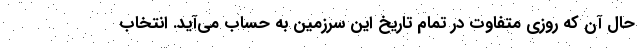
حال آن که روزی متفاوت در تمام تاریخ این سرزمین به حساب می‌آید. انتخاب